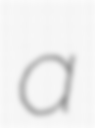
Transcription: a